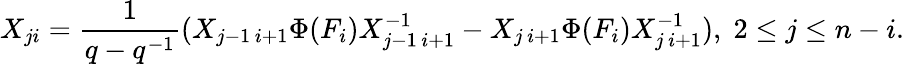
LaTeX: X_{ji}=\frac{1}{q-q^{-1}}(X_{j-1\, i+1}\Phi(F_{i})X_{j-1\, i+1}^{-1}-X_{j\, i+1}\Phi(F_{i})X_{j\, i+1}^{-1}),\; 2\leq j\leq n-i.